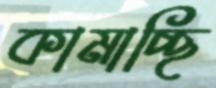
কামাচ্ছি